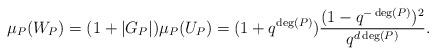
LaTeX: \begin{align*} \mu_P(W_P) = (1 + \vert G_P \vert) \mu_P(U_P) = (1+ q^{\deg(P)}) \frac{(1-q^{-\deg(P)})^2}{q^{d \deg(P)}}. \end{align*}